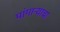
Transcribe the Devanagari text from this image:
पांगाऱ्याचा